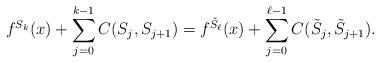
LaTeX: \begin{align*}f^{S_k}(x)+\sum_{j=0}^{k-1} C(S_j,S_{j+1})=f^{\tilde{S}_\ell}(x)+\sum_{j=0}^{\ell-1} C(\tilde{S}_j,\tilde{S}_{j+1}).\end{align*}